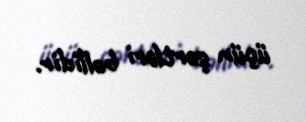
üçün şərtləri bəllidir.